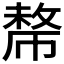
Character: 𢄡